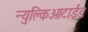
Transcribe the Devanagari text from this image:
न्युक्लिओटाईड